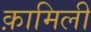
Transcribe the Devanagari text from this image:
क़ामिली